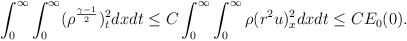
\begin{align*}\begin{aligned}\int_0^\infty\int_0^\infty(\rho^\frac{\gamma-1}{2})_t^2dxdt\leq C\int_0^\infty\int_0^\infty\rho(r^2u)_x^2dxdt\leq CE_0(0).\end{aligned}\end{align*}